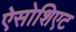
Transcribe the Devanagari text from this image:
ऐसोशिएट